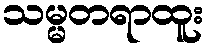
သမ္မတရာထူး